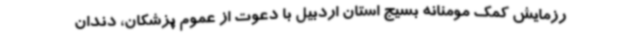
رزمایش کمک مومنانه بسیج استان اردبیل با دعوت از عموم پزشکان، دندان